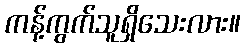
ကန့်ကွက်သူရှိသေးလား။